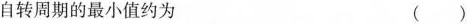
自转周期的最小值约为 ( ）)